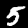
Label: 5